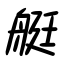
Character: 艇